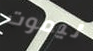
ليموت